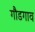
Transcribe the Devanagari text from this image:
गौडगाव